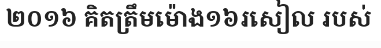
២០១៦ គិតត្រឹមម៉ោង១៦រសៀល របស់